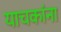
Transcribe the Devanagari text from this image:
याचकांना